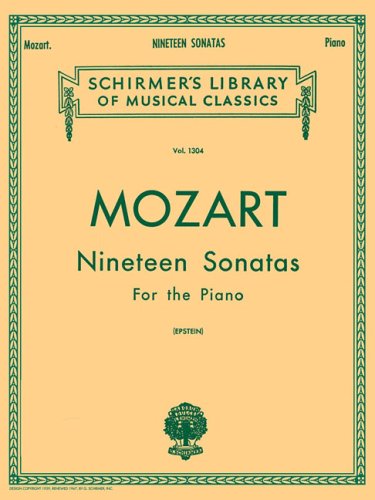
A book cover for Mozart 19 Sonatas - Complete: Piano Solo (Schirmer's Library of Musical Classics, Vol. 1304); Humor & Entertainment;